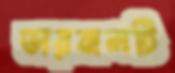
ভারবালটি